King Institute of Preventive Medicine Bacteriolog. Section reports 1907-08
Year: 1907
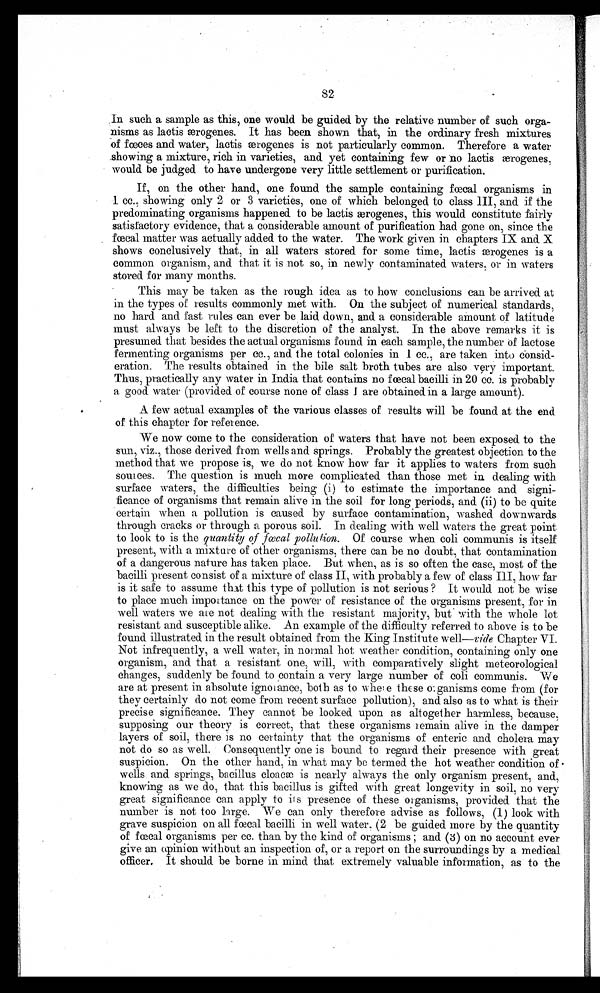
82
In such a sample as this, one would be guided by the relative number of such orga-
nisms as lactis ærogenes. It has been shown that, in the ordinary fresh mixtures
of faces and water, laotis æ rogenes is not particularly common. Therefore a water
showing a mixture, rich in varieties, and yet containing few or no lactis ærogenes,
would be judged to have undergone very little settlement or purification.
If, on the other hand, one found the sample containing faecal organisms in
1 cc., showing only 2 or 3 varieties, one of which belonged to class III, and if the
predominating organisms happened. to be lactis ærogenes, this would constitute fairly
satisfactory evidence, that a considerable amount of purification had gone on since the
fœ cal matter was actually added to the water. The work given in chapters IX and X
shows conclusively that, in all waters stored for some time, lactic ærogenes is a
common organism, and that it is not so, in newly contaminated waters, or in waters
stored for many months.
This may be taken as the rough idea as to how conclusions can be arrived at
in the types of results commonly met with. On the subject of numerical standards,
no hard and fast rules can ever be laid down, and a considerable amount of latitude
must always be left to the discretion of the analyst. In the above remarks it is
presumed that besides the actual organisms found in each sample, the number of lactose
fermenting organisms per cc., and the total colonies in .1 cc., are taken into consid-
eration. The results obtained in the bile salt broth tubes are also very important.
Thus, practically any water in India that contains no foetal bacilli in 20 cc. is probably
a good water (provided of course none of class I are obtained in a large amount).
A few actual examples of the various classes of results will be found at the end
of this chapter for reference.
We now come to the consideration of waters that have not been exposed to the
s u n , v i z . , t h o s e d e r i v e d f r o m w e l l s a n d s p r i n g s . P r o b a b l y t h e g r e a t e s t o b j e c t i o n t o t h e
method tha t we propose is, we do not know how far it applies to waters from such
suffices. The question is much more complicated than those met in dealing with
surface waters, the difficulties being (i) to estimate the importance and signi-
ficance of organisms that remain alive in the soil for long periods, and (ii) to be quite
certain when a pollution is caused by surface contamination, washed downwards
through cracks or through a porous soil. In dealing with well waters the great point
to look to is the quantity of fatal pollution. Of course when col i c communi s i s i tsel f
present, with a mixture of other organisms, there can be no doubt, that contamination
of a dangerous nature has taken place. But when, as is so often the case, most of the
bacilli present consist of a mixture of class II, with probably a few of class III, how far
is it safe to assume that this type of pollution is not serious? It would not be wise
to place much importance on the power of resistance of the organisms present, for in
well waters we are not dealing with the resistant majority, but with the whole lot
resistant and susceptible alike. An example of the difficulty referred to above is to be
found illustrated in the result obtained from tire King Institute well—xide Chapter VI.
Not infrequently, a well water, in normal hot weather condition, containing only one
organism, and that a resistant one, will, with comparatively slight meteorological
changes, suddenly be found to contain a very large number of colic communis. We
are at present in absolute ignorance, both as to whe'e these organisms come from (for
they certainly do not come from recent surface pollution), and also as to what is their
precise significance. They cannot be looked upon as altogether harmless, because,
supposing our theory is correct, that these organisms remain alive in the damper
layers of soil, there is no certainty that the organisms of enteric and cholera may
not do so as well. Consequently one is bound to regard their presence with great
suspicion. On the other hand, in what may be termed the hot weather condition of
wells and springs, bacillus cloacæ is nearly always the only organism present, and,
knowing as we do, that this bacillus is gifted with great longevity in soil, no very
great significance can apply to s presence of these organisms, provided that the
number is not too large. We can only therefore advise as follows, (1) look with
grave suspicion on all faecal bacilli in well water, (2 be guided more by the quantity
of fœcal organisms per cc. than by the kind. of organisms; and (3) on no account ever
give an opinion without an inspection of, or a report on the surroundings by a medical
officer. It should be borne in mind that extremely valuable information, as to the